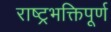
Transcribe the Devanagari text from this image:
राष्ट्रभक्तिपूर्ण